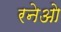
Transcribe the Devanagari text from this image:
रनेओ